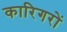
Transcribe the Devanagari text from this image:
कारिगरों